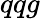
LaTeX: qqg